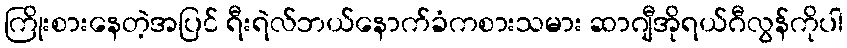
ကြိုးစားနေတဲ့အပြင် ရီးရဲလ်ဘယ်နောက်ခံကစားသမား ဆာဂျီအိုရယ်ဂီလွန်ကိုပါ